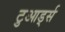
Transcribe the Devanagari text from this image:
टुआर्ड्स